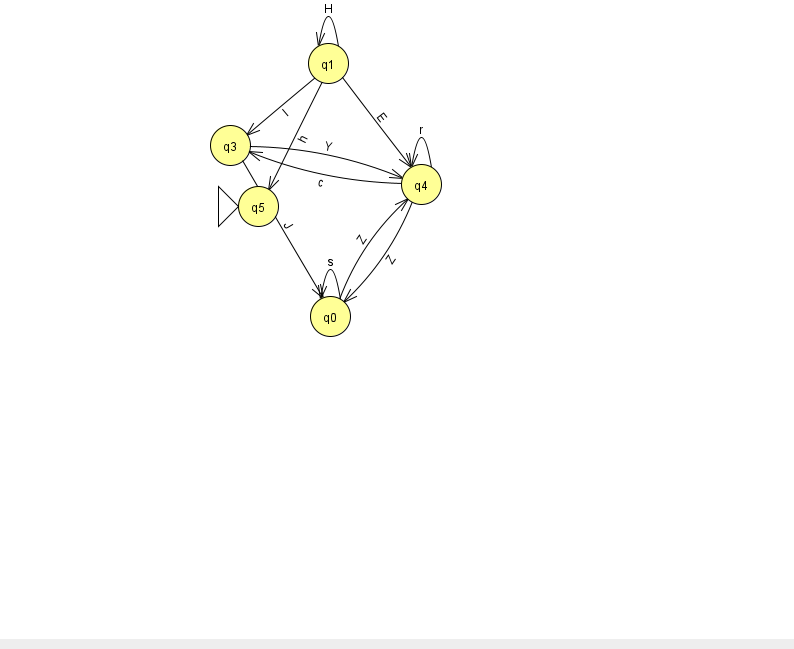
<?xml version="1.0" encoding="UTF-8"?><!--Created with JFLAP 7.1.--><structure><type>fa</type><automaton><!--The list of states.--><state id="0" name="q0"><x>330.0</x><y>303.0</y></state><state id="1" name="q1"><x>328.0</x><y>50.0</y></state><state id="3" name="q3"><x>230.0</x><y>132.0</y></state><state id="4" name="q4"><x>421.0</x><y>171.0</y></state><state id="5" name="q5"><x>258.0</x><y>193.0</y><initial/></state><!--The list of transitions.--><transition><from>3</from><to>4</to><read>Y</read></transition><transition><from>4</from><to>4</to><read>r</read></transition><transition><from>0</from><to>0</to><read>s</read></transition><transition><from>1</from><to>4</to><read>E</read></transition><transition><from>0</from><to>4</to><read>Z</read></transition><transition><from>1</from><to>3</to><read>I</read></transition><transition><from>4</from><to>0</to><read>Z</read></transition><transition><from>1</from><to>1</to><read>H</read></transition><transition><from>4</from><to>3</to><read>c</read></transition><transition><from>1</from><to>5</to><read>h</read></transition><transition><from>3</from><to>0</to><read>J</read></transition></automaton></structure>